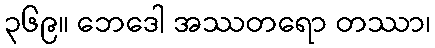
၃၆၉။ ဘေဒေါ အဿတရော တဿာ၊